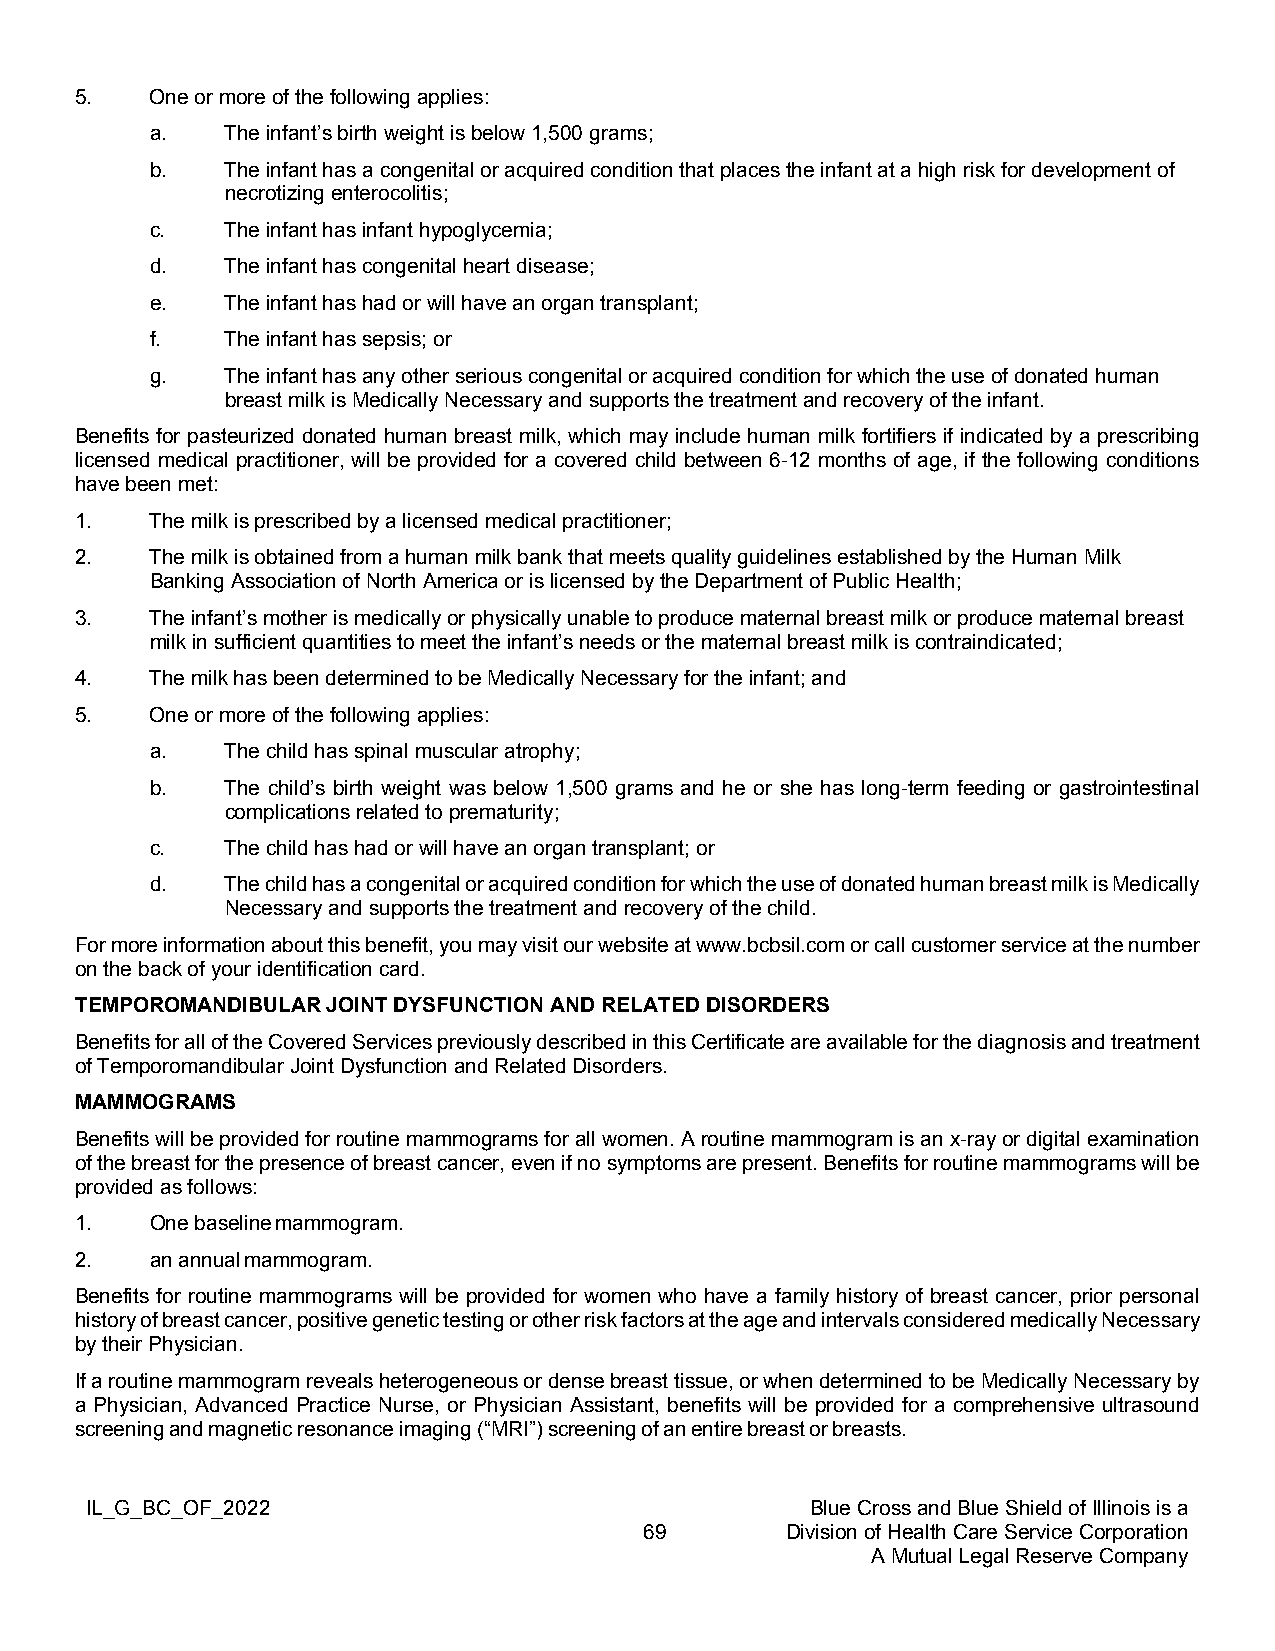
5.   One or more of the following applies:
 a.   The infant’s birth weight is below 1,500 grams;
 b.   The infant has a congenital or acquired condition that places the infant at a high risk for development of
 necrotizing enterocolitis;
 c.   The infant has infant hypoglycemia;
 d.   The infant has congenital heart disease;
 e.   The infant has had or will have an organ transplant;
 f.   The infant has sepsis; or
 g.   The infant has any other serious congenital or acquired condition for which the use of donated human
 breast milk is Medically Necessary and supports the treatment and recovery of the infant.
 Benefits for pasteurized donated human breast milk, which may include human milk fortifiers if indicated by a prescribing
 licensed medical practitioner, will be provided for a covered child between 6-12 months of age, if the following conditions
 have been met:
 1.   The milk is prescribed by a licensed medical practitioner;
 2.   The milk is obtained from a human milk bank that meets quality guidelines established by the Human Milk
 Banking Association of North America or is licensed by the Department of Public Health;
 3.   The infant’s mother is medically or physically unable to produce maternal breast milk or produce maternal breast
 milk in sufficient quantities to meet the infant’s needs or the maternal breast milk is contraindicated;
 4.   The milk has been determined to be Medically Necessary for the infant; and
 5.   One or more of the following applies:
 a.   The child has spinal muscular atrophy;
 b.   The child’s birth weight was below 1,500 grams and he or she has long-term feeding or gastrointestinal
 complications related to prematurity;
 c.   The child has had or will have an organ transplant; or
 d.   The child has a congenital or acquired condition for which the use of donated human breast milk is Medically
 Necessary and supports the treatment and recovery of the child.
 For more information about this benefit, you may visit our website at www.bcbsil.com or call customer service at the number
 on the back of your identification card.
 TEMPOROMANDIBULAR JOINT DYSFUNCTION AND RELATED DISORDERS
 Benefits for all of the Covered Services previously described in this Certificate are available for the diagnosis and treatment
 of Temporomandibular Joint Dysfunction and Related Disorders.
 MAMMOGRAMS
 Benefits will be provided for routine mammograms for all women. A routine mammogram is an x-ray or digital examination
 of the breast for the presence of breast cancer, even if no symptoms are present. Benefits for routine mammograms will be
 provided as follows:
 1.   One baseline mammogram.
 2.   an annual mammogram.
 Benefits for routine mammograms will be provided for women who have a family history of breast cancer, prior personal
 history of breast cancer, positive genetic testing or other risk factors at the age and intervals considered medically Necessary
 by their Physician.
 If a routine mammogram reveals heterogeneous or dense breast tissue, or when determined to be Medically Necessary by
 a Physician, Advanced Practice Nurse, or Physician Assistant, benefits will be provided for a comprehensive ultrasound
 screening and magnetic resonance imaging (“MRI”) screening of an entire breast or breasts.
 IL_G_BC_OF_2022                                 Blue Cross and Blue Shield of Illinois is a
 69       Division of Health Care Service Corporation
 A Mutual Legal Reserve Company